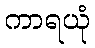
ကာရယုံ